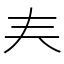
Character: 𡗗